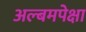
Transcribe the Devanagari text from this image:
अल्बमपेक्षा